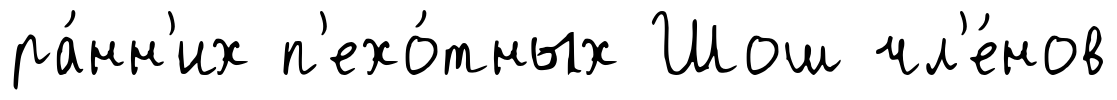
ра́нн'их п'ехо́тных Шош чл'е́нов